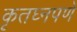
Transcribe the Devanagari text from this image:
कृतघ्नपणे